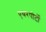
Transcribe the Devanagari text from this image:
एयरपोर्टों